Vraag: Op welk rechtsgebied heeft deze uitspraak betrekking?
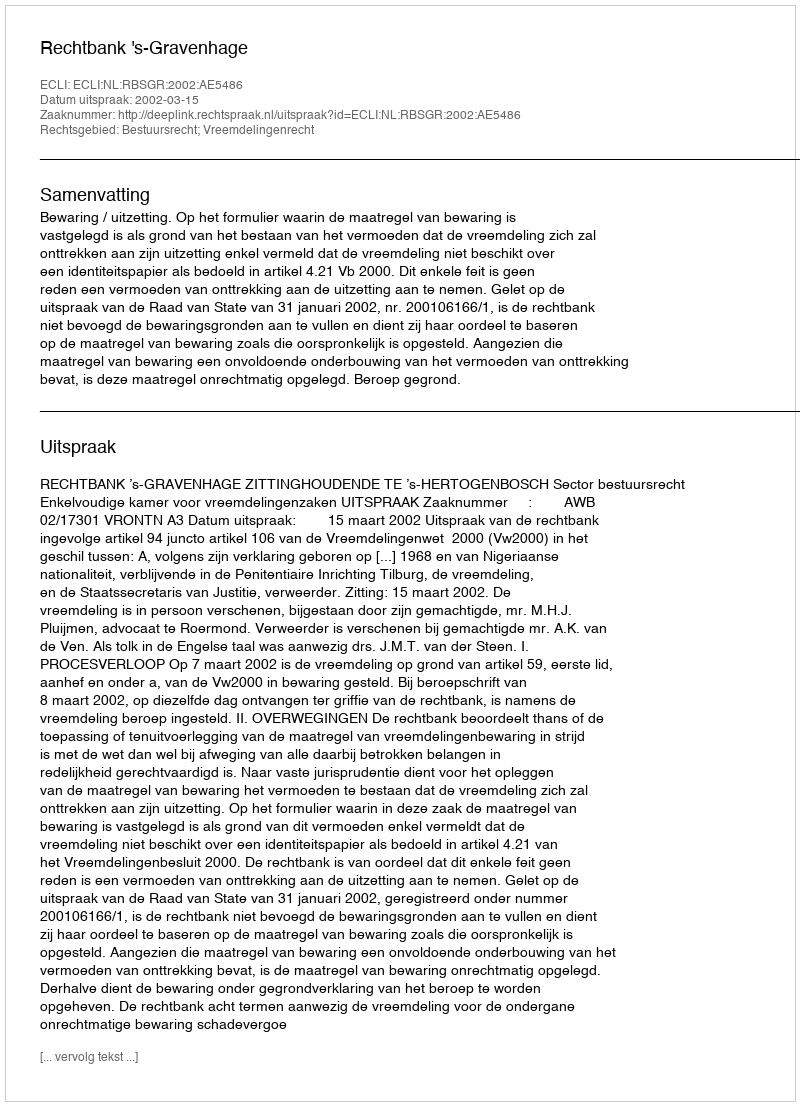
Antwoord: Bestuursrecht; Vreemdelingenrecht